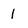
Character: 1